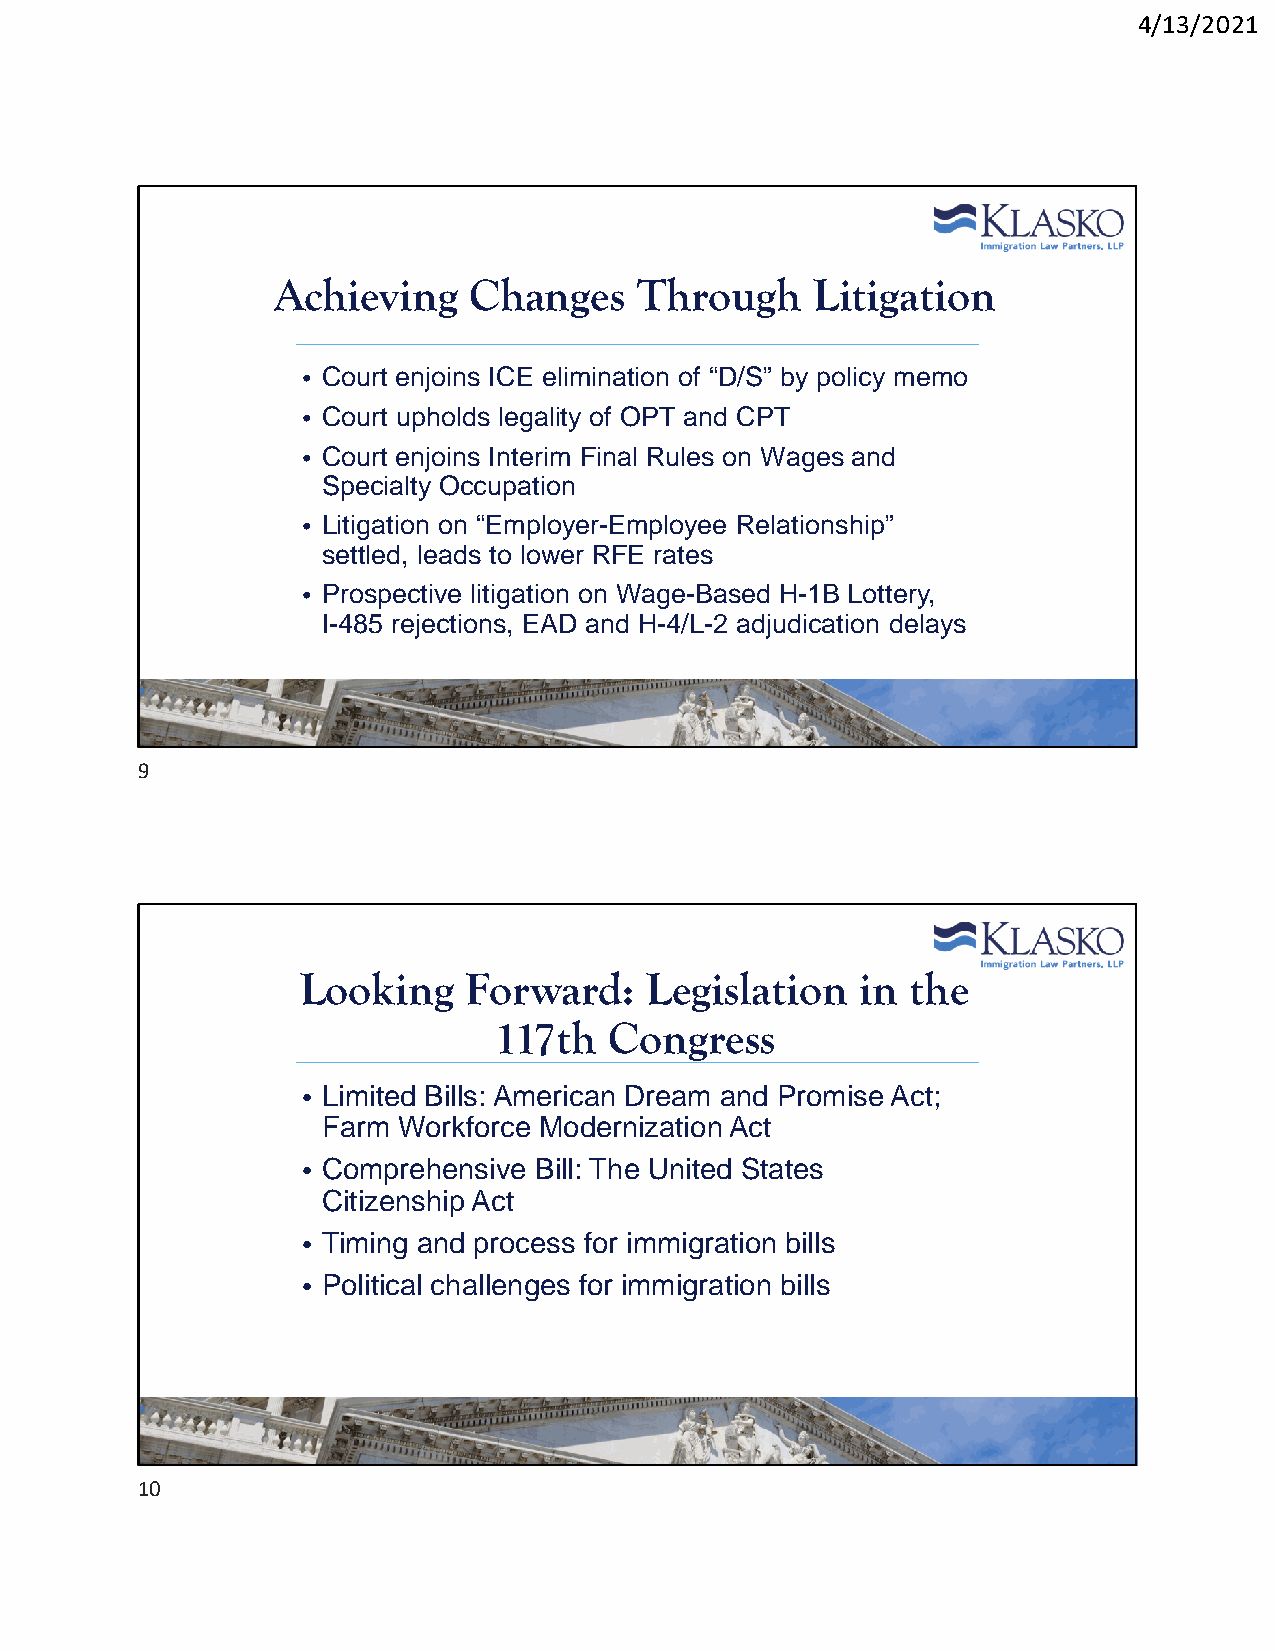
4/13/2021
 Achieving    Changes    Through     Litigation
 • Court enjoins ICE elimination of “D/S” by policy memo
 • Court upholds legality of OPT and CPT
 • Court enjoins Interim Final Rules on Wages and
 Specialty Occupation
 • Litigation on “Employer-Employee Relationship”
 settled, leads to lower RFE rates
 • Prospective litigation on Wage-Based H-1B Lottery,
 I-485 rejections, EAD and H-4/L-2 adjudication delays
 9
 Looking    Forward:    Legislation   in the
 117th  Congress
 • Limited Bills: American Dream and Promise Act;
 Farm Workforce Modernization Act
 • Comprehensive Bill: The United States
 Citizenship Act
 • Timing and process for immigration bills
 • Political challenges for immigration bills
 10